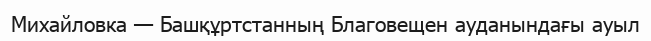
Михайловка — Башқұртстанның Благовещен ауданындағы ауыл